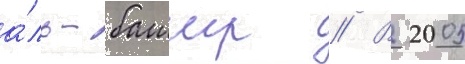
а́ль-башир // В 2005